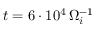
t = 6 \cdot 1 0 ^ { 4 } \, \Omega _ { i } ^ { - 1 }